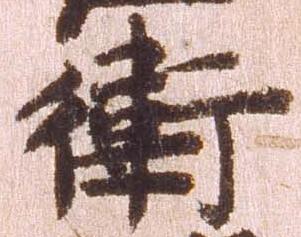
衛